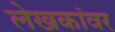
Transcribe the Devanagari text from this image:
लेखकांवर